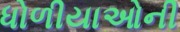
ધોળીયાઓની